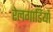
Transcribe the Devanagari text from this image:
रेलगाडियाँ